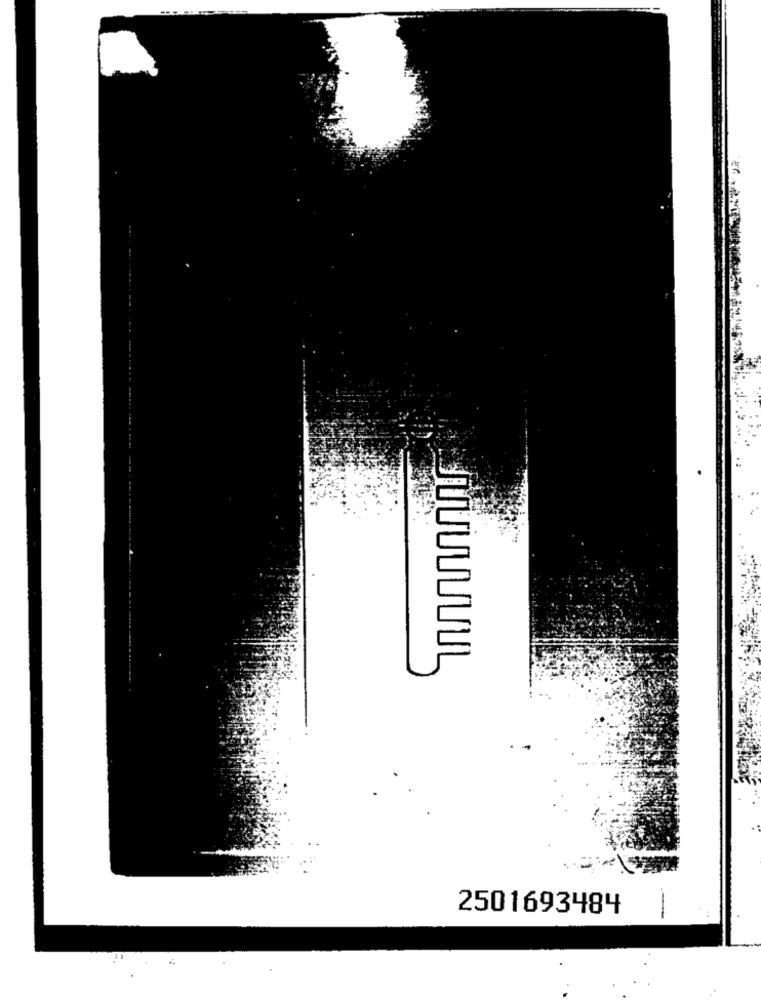
2501693484